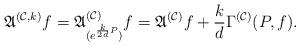
LaTeX: \begin{align*}\mathfrak{A}^{(\mathcal{C},k)}f=\mathfrak{A}^{(\mathcal{C})}_{(e^{\frac{k}{2d}P})}f=\mathfrak{A}^{(\mathcal{C})}f+\frac{k}{d}\Gamma^{(\mathcal{C})}(P,f).\end{align*}